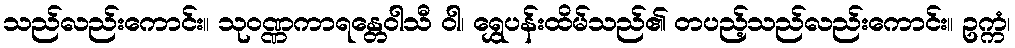
သည်လည်းကောင်း။ သုဝဏ္ဏကာရန္တေဝါသီ ဝါ၊ ရွှေပန်းထိမ်သည်၏ တပည့်သည်လည်းကောင်း။ ဥက္ကံ၊